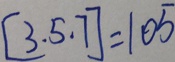
[ 3 . 5 . 7 ] = 1 0 5